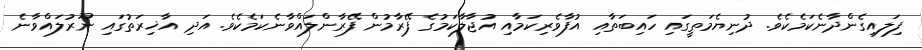
ފިލައިގެންދާނެކަމެކެވެ. ދުނިޔެމަތީގައި ހައިބަތާއި އުފާވެރިކަމާއި އުޖާލާކަމުގެ ފޭރާމުން ފޭރާންލައްވާނެކަމެކެވެ. އަދި އާޚިރަތުގައި ނޫރުލައްވާނެ